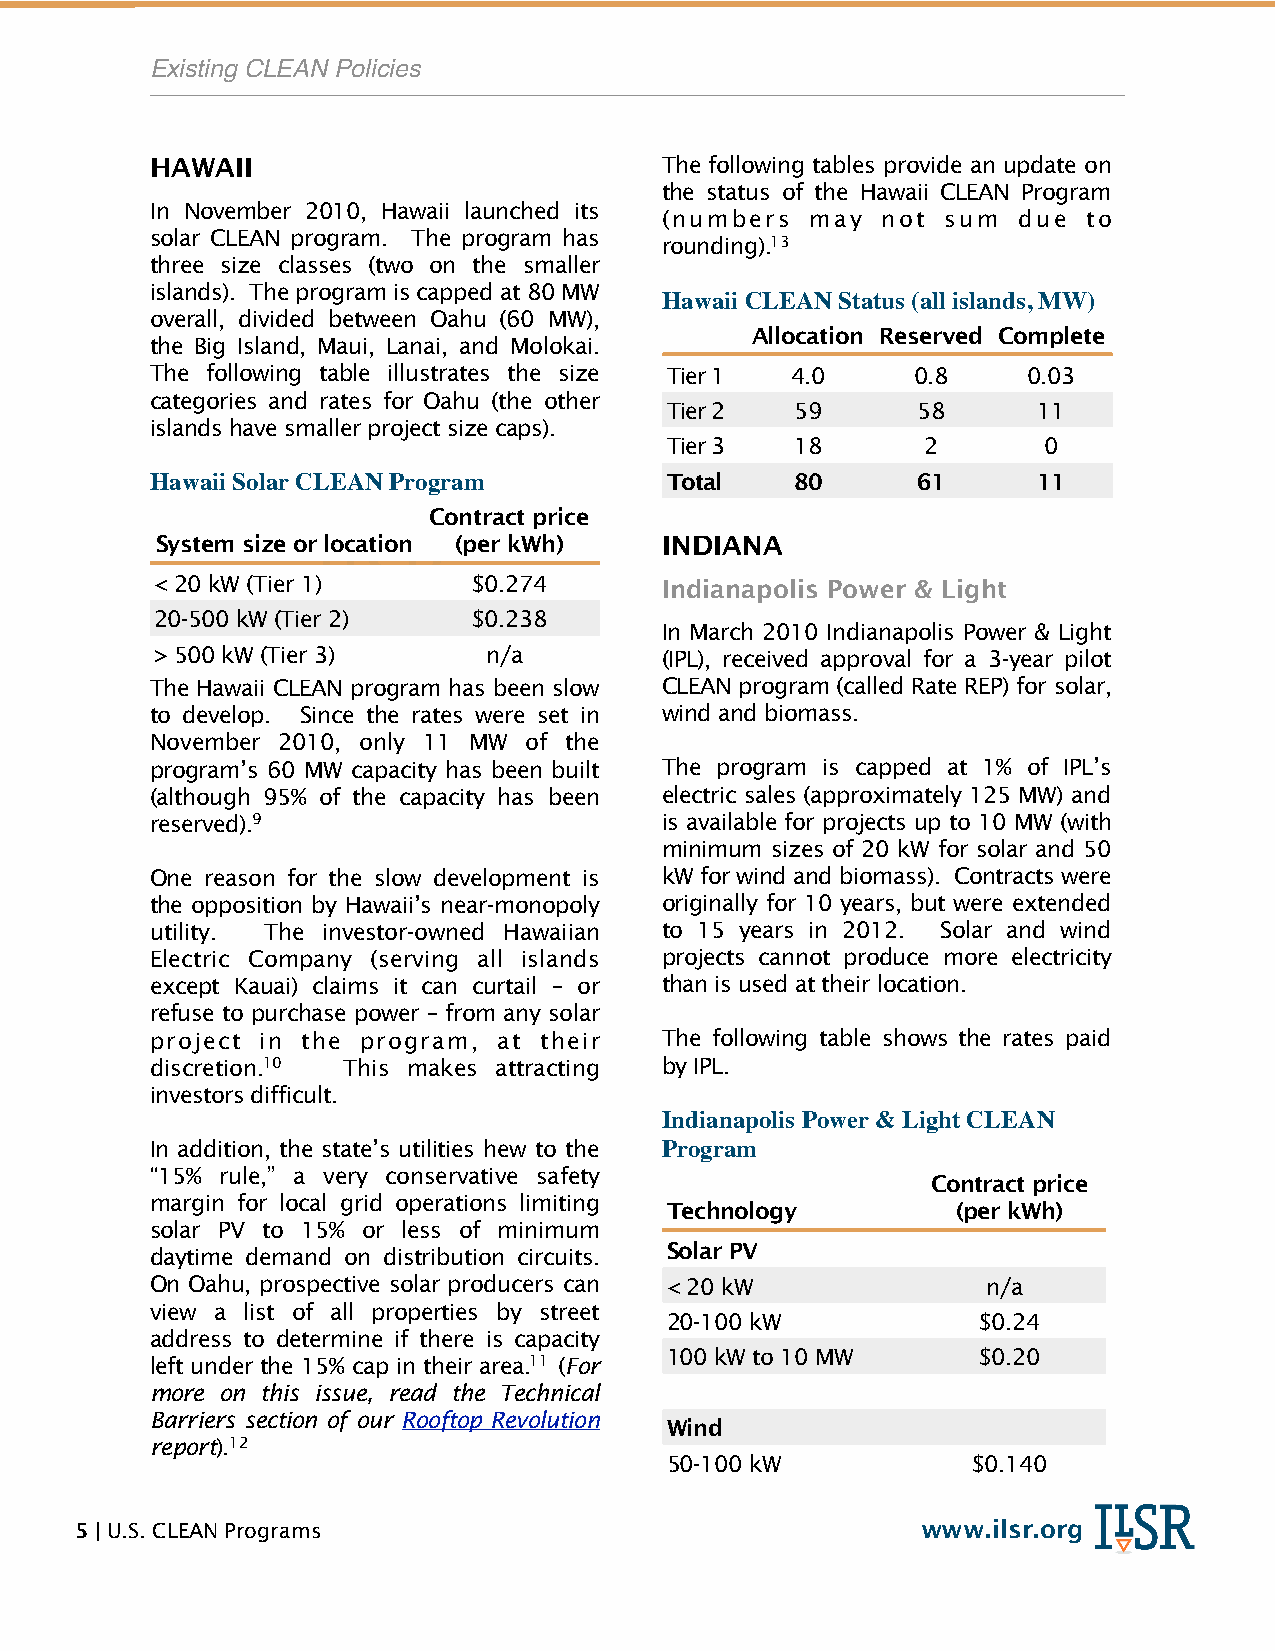
!         Existing CLEAN Policies
 HAWAII                            The following tables provide an update on
 the status of the Hawaii CLEAN Program
 In November 2010, Hawaii launched its
 (numbers  may not  sum due  to
 solar CLEAN program. The program has
 rounding).13
 three size classes (two on the smaller
 islands). The program is capped at 80 MW
 Hawaii CLEAN Status (all islands, MW)
 overall, divided between Oahu (60 MW),
 Allocation Reserved Complete
 the Big Island, Maui, Lanai, and Molokai.
 The following table illustrates the size Tier 1 4.0 0.8   0.03
 categories and rates for Oahu (the other
 Tier 2   59      58      11
 islands have smaller project size caps).
 Tier 3   18      2       0
 Hawaii Solar CLEAN Program        Total    80      61      11
 Contract price
 System size or location (per kWh) INDIANA
 < 20 kW (Tier 1)     $0.274       Indianapolis Power & Light
 20-500 kW (Tier 2)   $0.238
 In March 2010 Indianapolis Power & Light
 > 500 kW (Tier 3)     n/a         (IPL), received approval for a 3-year pilot
 The Hawaii CLEAN program has been slow CLEAN program (called Rate REP) for solar,
 to develop. Since the rates were set in wind and biomass.
 November 2010, only 11 MW of the
 program’s 60 MW capacity has been built The program is capped at 1% of IPL’s
 (although 95% of the capacity has been electric sales (approximately 125 MW) and
 reserved).9                       is available for projects up to 10 MW (with
 minimum sizes of 20 kW for solar and 50
 One reason for the slow development is kW for wind and biomass). Contracts were
 the opposition by Hawaii’s near-monopoly originally for 10 years, but were extended
 utility. The investor-owned Hawaiian to 15 years in 2012. Solar and wind
 Electric Company (serving all islands projects cannot produce more electricity
 except Kauai) claims it can curtail – or than is used at their location.
 refuse to purchase power – from any solar
 project in the program, at their  The following table shows the rates paid
 discretion.10 This makes attracting by IPL.
 investors difficult.
 Indianapolis Power & Light CLEAN
 In addition, the state’s utilities hew to the Program
 “15% rule,” a very conservative safety
 Contract price
 margin for local grid operations limiting
 Technology         (per kWh)
 solar PV to 15% or less of minimum
 daytime demand on distribution circuits. Solar PV
 On Oahu, prospective solar producers can < 20 kW       n/a
 view a list of all properties by street
 20-100 kW            $0.24
 address to determine if there is capacity
 100 kW to 10 MW      $0.20
 left under the 15% cap in their area.11 (For
 more on this issue, read the Technical
 Barriers section of our Rooftop Revolution
 Wind
 report).12
 50-100 kW           $0.140
 5 | U.S. CLEAN Programs                                 www.ilsr.org